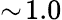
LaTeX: \sim\! 1.0